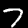
Digit: 7